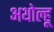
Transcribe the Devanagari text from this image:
अथोल्हू